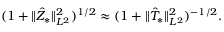
( 1 + \Vert \hat { Z } _ { * } \Vert _ { L ^ { 2 } } ^ { 2 } ) ^ { 1 / 2 } \approx ( 1 + \Vert \hat { T } _ { * } \Vert _ { L ^ { 2 } } ^ { 2 } ) ^ { - 1 / 2 } .